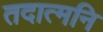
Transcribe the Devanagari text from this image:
तदात्मनि